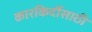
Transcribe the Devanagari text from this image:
कारकिर्दीसाठी